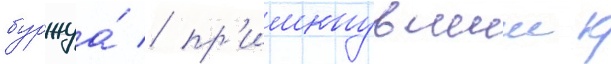
буржуа́ / пр'имкнувшии к